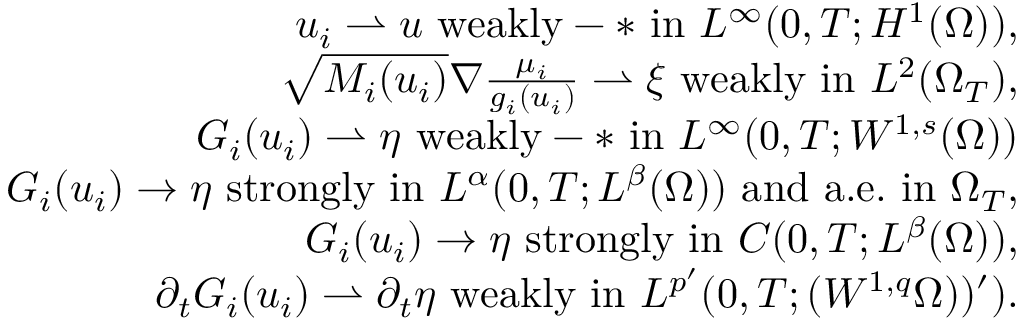
\begin{array} { r l r } & { } & { u _ { i } \rightharpoonup u \mathrm { ~ w e a k l y - * ~ i n ~ } L ^ { \infty } ( 0 , T ; H ^ { 1 } ( \Omega ) ) , } \\ & { } & { \sqrt { M _ { i } ( u _ { i } ) } \nabla \frac { \mu _ { i } } { g _ { i } ( u _ { i } ) } \rightharpoonup \xi \mathrm { ~ w e a k l y ~ i n ~ } L ^ { 2 } ( \Omega _ { T } ) , } \\ & { } & { G _ { i } ( u _ { i } ) \rightharpoonup \eta \mathrm { ~ w e a k l y - * ~ i n ~ } L ^ { \infty } ( 0 , T ; W ^ { 1 , s } ( \Omega ) ) } \\ & { } & { G _ { i } ( u _ { i } ) \rightarrow \eta \mathrm { ~ s t r o n g l y ~ i n ~ } L ^ { \alpha } ( 0 , T ; L ^ { \beta } ( \Omega ) ) \mathrm { ~ a n d ~ a . e . ~ i n ~ } \Omega _ { T } , } \\ & { } & { G _ { i } ( u _ { i } ) \rightarrow \eta \mathrm { ~ s t r o n g l y ~ i n ~ } C ( 0 , T ; L ^ { \beta } ( \Omega ) ) , } \\ & { } & { \partial _ { t } G _ { i } ( u _ { i } ) \rightharpoonup \partial _ { t } \eta \mathrm { ~ w e a k l y ~ i n ~ } L ^ { p ^ { \prime } } ( 0 , T ; ( W ^ { 1 , q } \Omega ) ) ^ { \prime } ) . } \end{array}